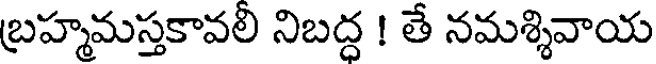
బ్రహ్మమస్తకావలి నిబద్ద ! తే నమశ్శివాయ